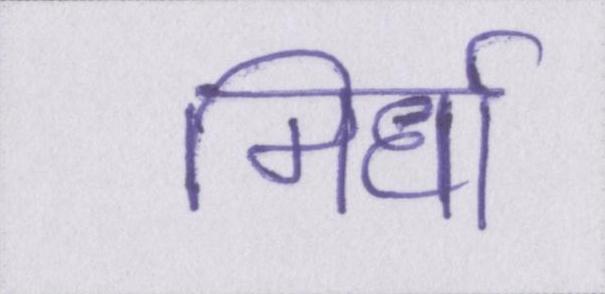
मिर्धा